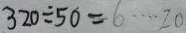
3 2 0 \div 5 0 = 6 \cdots 2 0